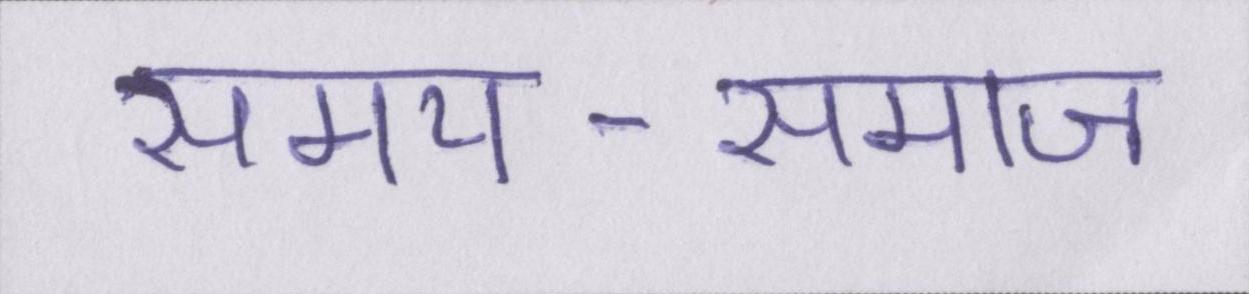
समय-समाज